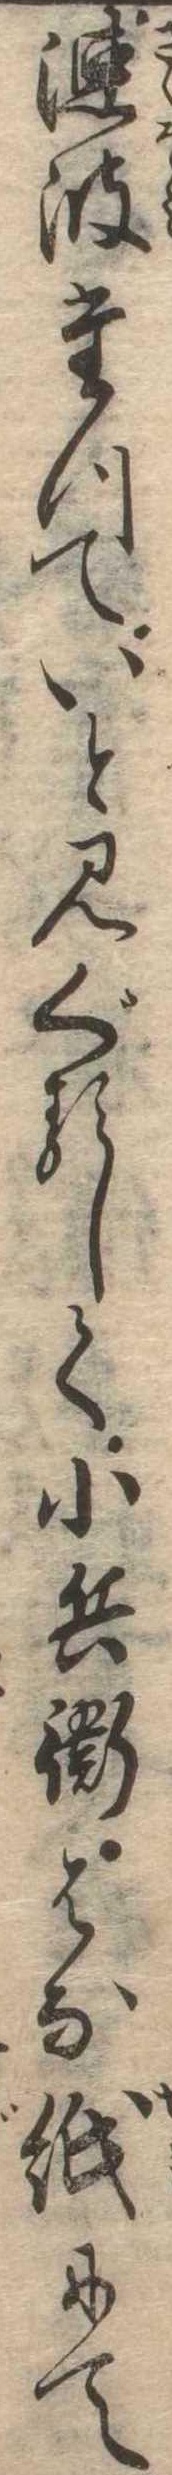
漣波たつていと見ぐるしく小兵衛はな紙にて